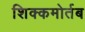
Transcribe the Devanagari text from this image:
शिक्कमोर्तब